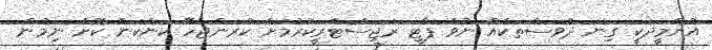
އުންމީދަކީ ގިނަ ދުވަސްތަކެއް ނުވެ ޕާޓީ ރަޖިސްޓްރީކުރުމަށް ކުރަންޖެހޭ ކަންކަން ކޮށް ނިމުން